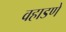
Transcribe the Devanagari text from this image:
वहाडणे